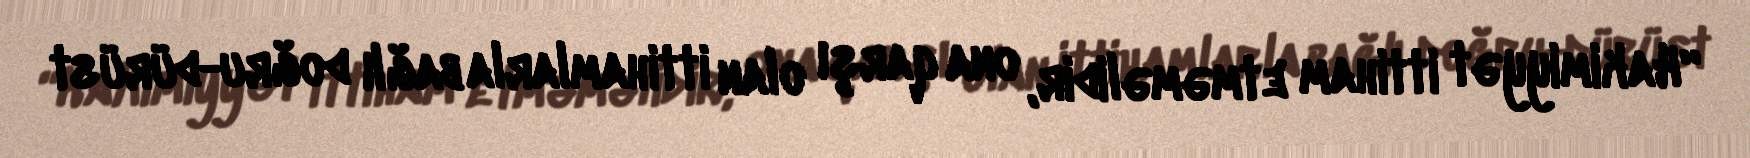
“Hakimiyyət ittiham etməməlidir, ona qarşı olan ittihamlarla bağlı doğru-dürüst